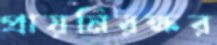
প্রায়নিরক্ষর